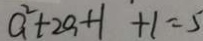
a ^ { 2 } + 2 a + 1 + 1 = 5